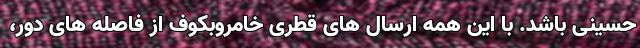
حسینی باشد. با این همه ارسال های قطری خامروبکوف از فاصله های دور،